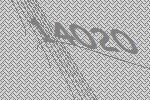
14020